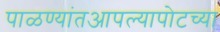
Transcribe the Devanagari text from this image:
पाळण्यांतआपल्यापोटच्या